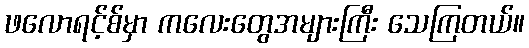
ဖလောရင့်စ်မှာ ကလေးတွေအများကြီး သေကြတယ်။